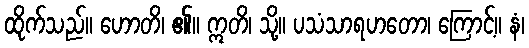
ထိုက်သည်။ ဟောတိ၊ ၏။ ဣတိ၊ သို့။ ပသံသာရဟတော၊ ကြောင့်။ နံ၊